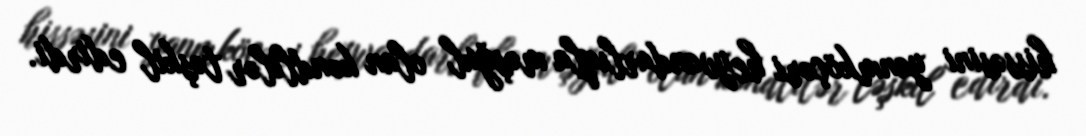
hissəsini yanmköçəri heyvandarlıqla məşğul olan kəndlilər təşkil edirdi.